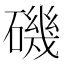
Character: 磯